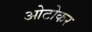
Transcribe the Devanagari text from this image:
ओटोकर